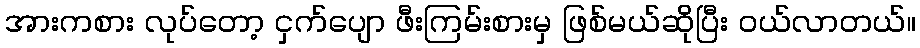
အားကစား လုပ်တော့ ငှက်ပျော ဖီးကြမ်းစားမှ ဖြစ်မယ်ဆိုပြီး ဝယ်လာတယ်။